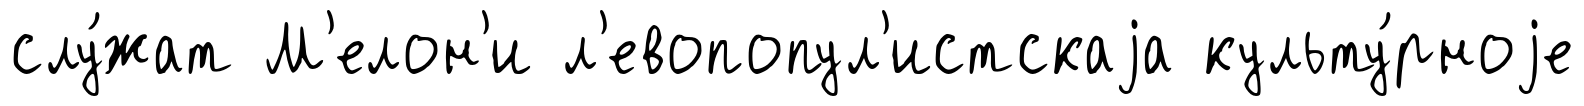
слу́жат М'елон'и л'евопопул'истскаjа культу́рноjе